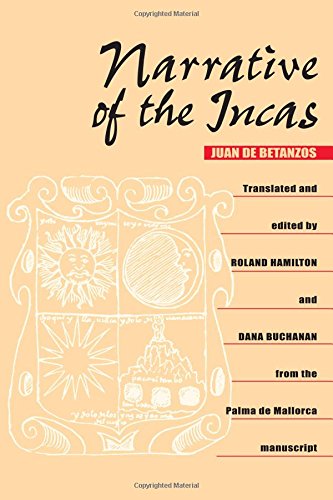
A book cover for Narrative of the Incas; Juan de Betanzos; History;